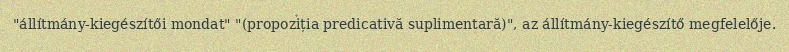
"állítmány-kiegészítői mondat" "(propoziția predicativă suplimentară)", az állítmány-kiegészítő megfelelője.